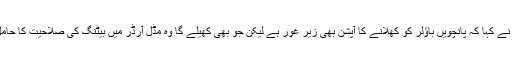
جنوبی افریقہ سے تعلق رکھنے والے آرتھر نے کہا کہ پانچویں باؤلر کو کھلانے کا آپشن بھی زیر غور ہے لیکن جو بھی کھیلے گا وہ مڈل آرڈر میں بیٹنگ کی صلاحیت کا حامل ہونا چاہیے تاکہ ہماری ٹیل لمبی ہو سکے۔